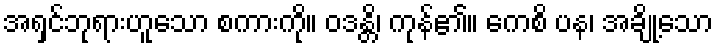
အရှင်ဘုရားဟူသော စကားကို။ ဝဒန္တိ၊ ကုန်၏။ ကေစိ ပန၊ အချို့သော